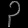
Digit: ၃